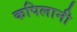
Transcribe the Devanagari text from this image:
कपिलानी